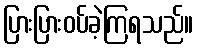
ပြားပြားဝပ်ခဲ့ကြရသည်။